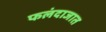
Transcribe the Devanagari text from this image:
फलंदाजात